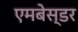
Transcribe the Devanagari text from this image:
एमबेस्डर